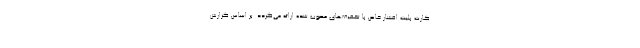
کارت بلیت اقشار خاص با تخفیف‌های مصوب شده ارائه می‌گردد. بر اساس گزارش